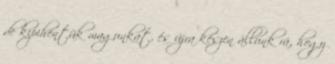
de kipihentük magunkat, és újra készen állunk rá, hogy